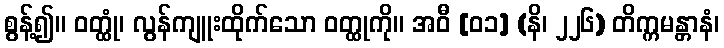
စွန့်၍။ ဝတ္ထုံ၊ လွန်ကျူးထိုက်သော ဝတ္ထုကို။ အဝီ [၀၁] (နိ၊ ၂၂၆) တိက္ကမန္တာနံ၊